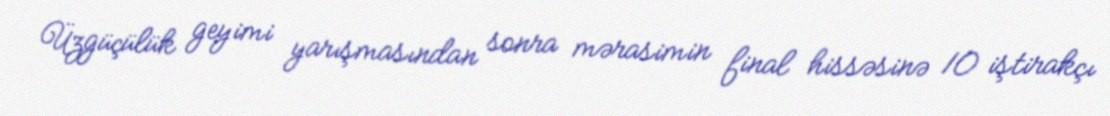
Üzgüçülük geyimi yarışmasından sonra mərasimin final hissəsinə 10 iştirakçı